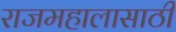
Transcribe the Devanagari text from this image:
राजमहालासाठी